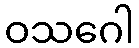
ဝသဂေါ